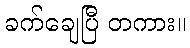
ခက်ချေပြီ တကား။